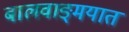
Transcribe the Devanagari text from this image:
बालवाङ्‌मयात